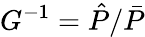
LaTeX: G^{-1}=\hat{P}/\bar{P}